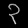
Digit: ၃